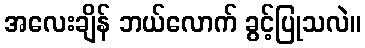
အလေးချိန် ဘယ်လောက် ခွင့်ပြုသလဲ။